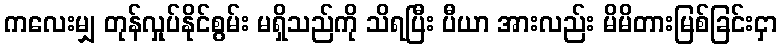
ကလေးမျှ တုန်လှုပ်နိုင်စွမ်း မရှိသည်ကို သိရပြီး ပီယာ အားလည်း မိမိတားမြစ်ခြင်းငှာ